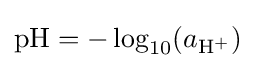
\mathrm {pH} =-\log _{10}(a_{{\textrm {H}}^{+}})